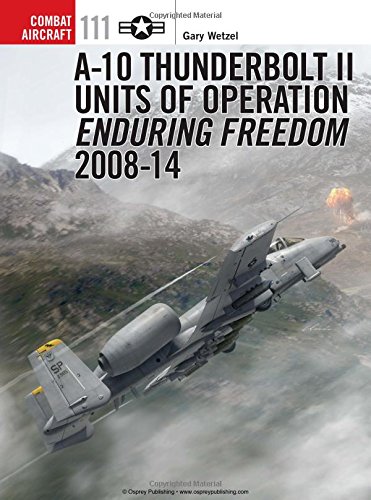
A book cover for A-10 Thunderbolt II Units of Operation Enduring Freedom 2008-14 (Combat Aircraft); Gary Wetzel; History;